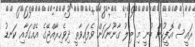
ރައީސް އޮފީހުން ބުނީ މި ބިލު ގާނޫނަކަށް ވެފައިވާތީ ދިވެހިރާއްޖޭގެ އެއްގަމާއި ކަނޑު